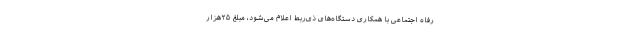
رفاه اجتماعی با همکاری دستگاه‌های ذی‌ربط اعلام می‌شود، مبلغ ۲۵هزار